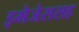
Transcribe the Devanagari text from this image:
इमेजेससह